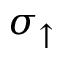
\sigma _ { \uparrow }